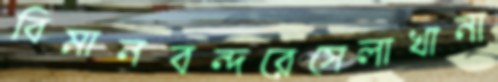
বিমানবন্দরেসেলাখানা